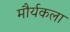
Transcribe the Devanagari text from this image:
मौर्यकला